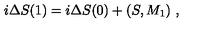
i \Delta S ( 1 ) = i \Delta S ( 0 ) + ( S , M _ { 1 } ) \ ,